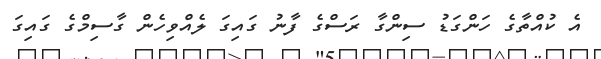
އެ ކުއްތާގެ ހަންގަޑު ސިންގާ ރަސްގެ ފާނު ގައިގަ ލެއްވިހެން ގާސިމްގެ ގައިގަ